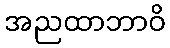
အညထာဘာဝိ